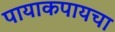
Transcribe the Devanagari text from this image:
पायाकपायचा